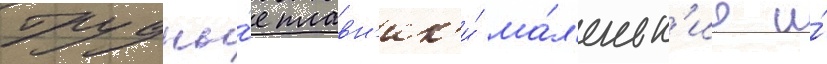
Грудны́е плавн'ик'и́ ма́л'еньк'ие и́